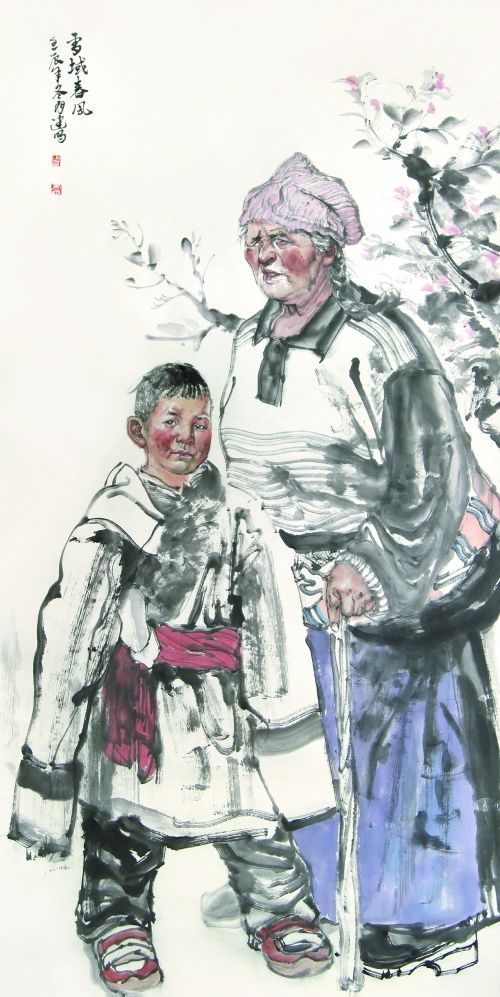
精于物者以物物，精于道者兼物物。